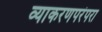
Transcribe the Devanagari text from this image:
व्याकरणपरंपरा